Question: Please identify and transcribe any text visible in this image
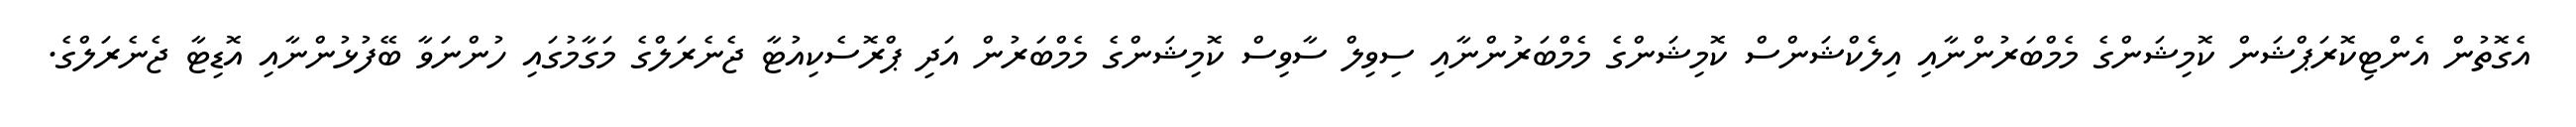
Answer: އެގޮތުން އެންޓިކޮރަޕްޝަން ކޮމިޝަންގެ މެމްބަރުންނާއި އިލެކްޝަންސް ކޮމިޝަންގެ މެމްބަރުންނާއި ސިވިލް ސާވިސް ކޮމިޝަންގެ މެމްބަރުން އަދި ޕްރޮސެކިއުޓާ ޖެނެރަލްގެ މަގާމުގައި ހުންނަވާ ބޭފުޅުންނާއި އޮޑިޓާ ޖެނެރަލްގެ.